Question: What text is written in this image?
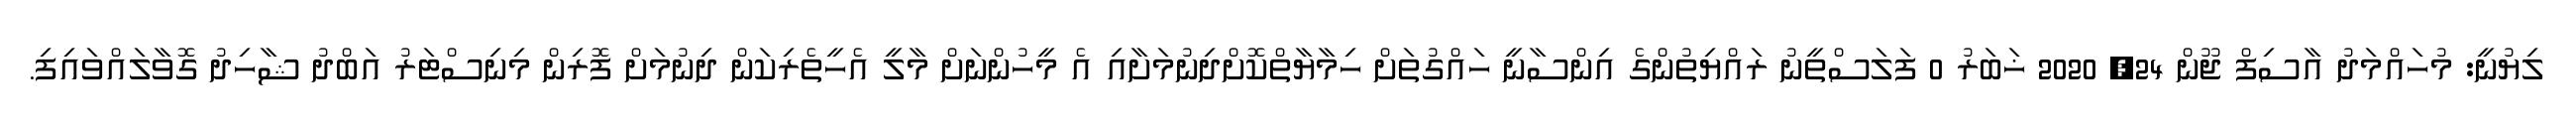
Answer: ލިޔުނީ: މުހައްމަދު އާސިފް ޖޫން 24, 2020 ޚަބަރު 0 ފަލަސްތީނު ރައްޔިތުންގެ އިންސާނީ ހައްގުތަށް ހިމާޔާތްކޮށްދިނުމަށާއި އެ މީހުންނަށް މާލީ އެހީތެރިކަން ދިނުމަށް ފޮރިން މިނިސްޓަރު އަބްދު ޝާހިދު ގޮވާލައްވައިފި.